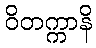
ဝိတက္ကာနိ